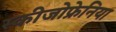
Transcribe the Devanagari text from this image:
स्कीजोफ्रेनिया